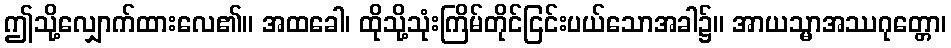
ဤသို့လျှောက်ထားလေ၏။ အထခေါ၊ ထိုသို့သုံးကြိမ်တိုင်ငြင်းပယ်သောအခါ၌။ အာယသ္မာအဿဂုတ္တော၊